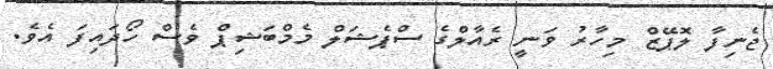
ޖެނިފާ ލޮޕޭޒް މިހާރު ވަނީ ރެއާލްގެ ސްޕެޝަލް މެމްބަޝިޕް ވެސް ހޯދައިފަ އެވެ.